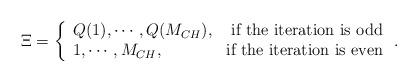
LaTeX: \begin{align*} \Xi = \left\{ \begin{array}{lr} Q(1), \cdots, Q(M_{CH}), & \textrm{if the iteration is odd}\\ 1, \cdots, M_{CH}, & \textrm{if the iteration is even} \end{array}\right..\end{align*}